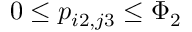
0 \le p _ { i 2 , j 3 } \le \Phi _ { 2 }